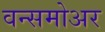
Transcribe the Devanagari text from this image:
वन्समोअर